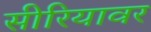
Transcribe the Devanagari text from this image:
सीरियावर